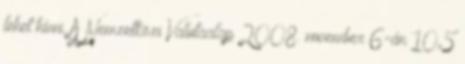
lehet hívni. A Nemzetközi Valutaalap 2008. november 6-án 10,5